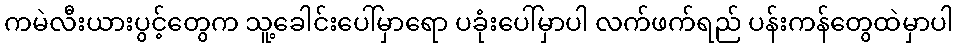
ကမဲလီးယားပွင့်တွေက သူ့ခေါင်းပေါ်မှာရော ပခုံးပေါ်မှာပါ လက်ဖက်ရည် ပန်းကန်တွေထဲမှာပါ